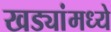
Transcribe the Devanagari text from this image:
खड्यांमध्ये